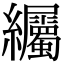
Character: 䌵